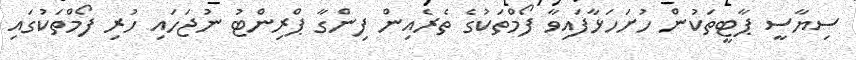
ސިޔާސީ ޕާޓީތަކުން ހުށަހަޅާފައިވާ ފޯމްތަކުގެ ތެރެއިން ފިންގާ ޕްރިންޓު ނުޖަހައި ހުރި ފޯމްތަކުގައި